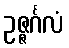
ဥဇ္ဇင်္ဂလံ